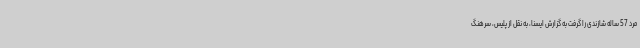
مرد 57 ساله شازندی را گرفت به گزارش ایسنا، به نقل از پلیس، سرهنگ